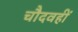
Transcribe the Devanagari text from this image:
चौदवहीं